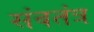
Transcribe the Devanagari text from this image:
संवतंत्र